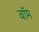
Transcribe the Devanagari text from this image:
वॉम